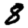
Digit: 8